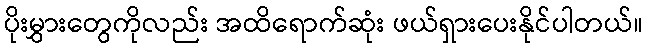
ပိုးမွှားတွေကိုလည်း အထိရောက်ဆုံး ဖယ်ရှားပေးနိုင်ပါတယ်။